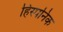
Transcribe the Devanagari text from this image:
हिस्पनिक